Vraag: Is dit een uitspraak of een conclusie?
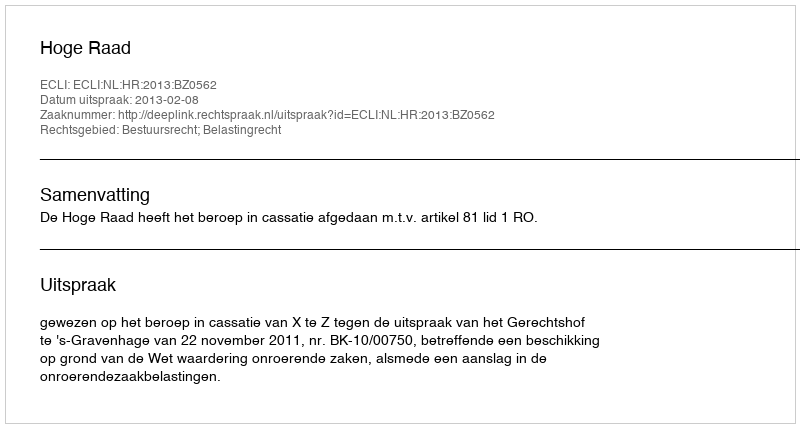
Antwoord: Uitspraak